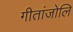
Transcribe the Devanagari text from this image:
गीतांजोलि